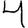
Digit: 4